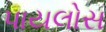
પાયલોસ